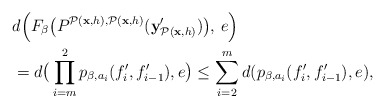
\begin{align*} &d\Big(F_\beta\big(P^{\mathcal{P}(\textbf{x}, h),\mathcal{P}(\textbf{x}, h)}(\textbf{y}'_{\mathcal{P}(\textbf{x}, h)})\big),\,e\Big)\\ &=d\big(\prod_{i=m}^2 p_{\beta,a_i}(f_i',f'_{i-1}),e\big)\leq\sum_{i=2}^md(p_{\beta,a_i}(f_i',f'_{i-1}),e),\end{align*}